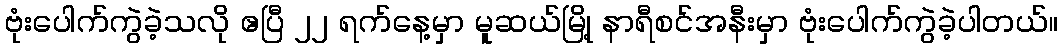
ဗုံးပေါက်ကွဲခဲ့သလို ဧပြီ ၂၂ ရက်နေ့မှာ မူဆယ်မြို့ နာရီစင်အနီးမှာ ဗုံးပေါက်ကွဲခဲ့ပါတယ်။